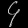
Digit: ၄